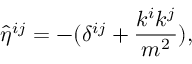
{ \hat { \eta } } ^ { i j } = - ( \delta ^ { i j } + { \frac { k ^ { i } k ^ { j } } { m ^ { 2 } } } ) ,